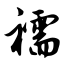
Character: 襦